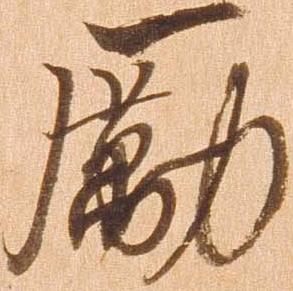
励